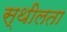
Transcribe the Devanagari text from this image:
स्थीलता